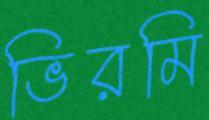
ভিরমি